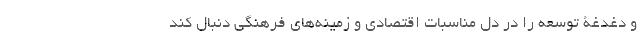
و دغدغۀ توسعه را در دل مناسبات اقتصادی و زمینه‌های فرهنگی دنبال کند